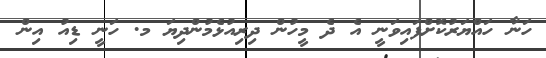
ހަނާ ހައްޔަރުކޮށްފައިވަނީ އެ ދެ މީހުން ދިރިއުޅެމުންދިޔަ މ. ހަނީ ޑިއު އިން